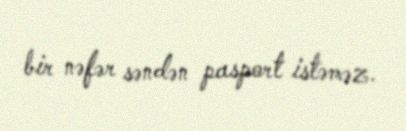
bir nəfər səndən pasport istəməz.